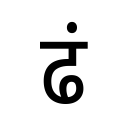
OCR:
ढं